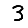
Digit: 3